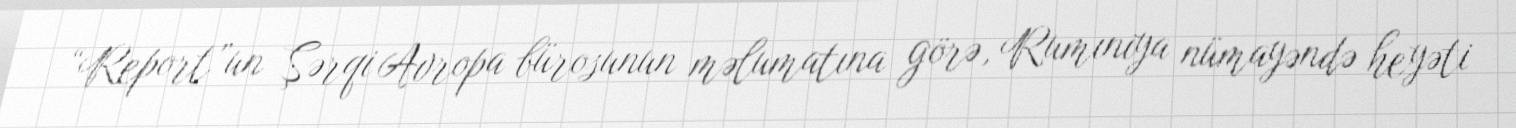
“Report”un Şərqi Avropa bürosunun məlumatına görə, Rumıniya nümayəndə heyəti